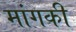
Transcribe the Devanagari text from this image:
मांगकी